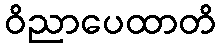
ဝိညာပေထာတိ